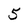
Character: 5